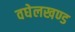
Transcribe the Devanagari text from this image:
वघेलखण्ड